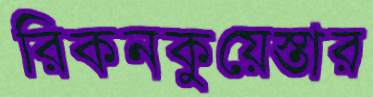
রিকনকুয়েস্তার